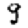
Digit: 9